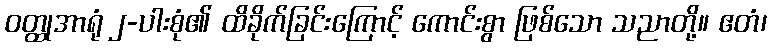
ဝတ္ထုအာရုံ ၂-ပါးစုံ၏ ထိခိုက်ခြင်းကြောင့် ကောင်းစွာ ဖြစ်သော သညာတို့။ ဧတံ၊